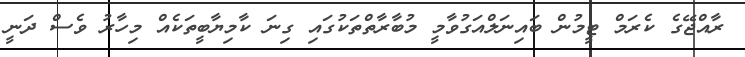
ރާއްޖޭގެ ކެރަމް ޓީމުން ބައިނަލްއަގުވާމީ މުބާރާތްތަކުގައި ގިނަ ކާމިޔާބީތަކެއް މިހާރު ވެސް ދަނީ